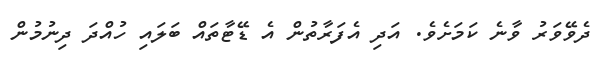
ދެވޭވަރު ވާނެ ކަމަށެވެ. އަދި އެފަރާތުން އެ ޑޭޓާތައް ބަލައި ހުއްދަ ދިނުމުން